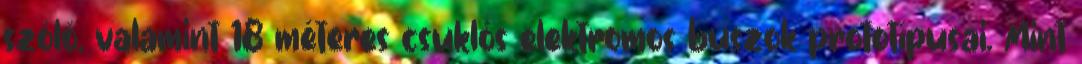
szóló, valamint 18 méteres csuklós elektromos buszok prototípusai. Mint